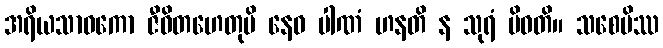
အရိယသာဝကော ဇီဝိတဟေတုပိ နေဝ ပါဏံ ဟနတိ န သုရံ ပိဝတိ။ သစေပိဿ